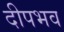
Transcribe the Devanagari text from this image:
दीपभव